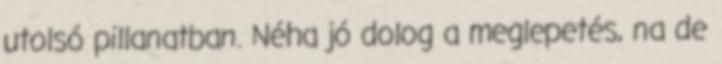
utolsó pillanatban. Néha jó dolog a meglepetés, na de